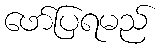
ဖော်ပြရမည်